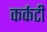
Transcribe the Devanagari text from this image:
कर्कटी